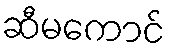
ဆီမကောင်